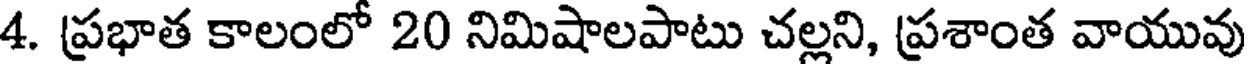
4. ప్రభాత కాలంలో 20 నిమిషాలపాటు చల్లని, ప్రశాంత వాయువు